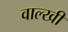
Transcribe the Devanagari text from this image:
वाल्खी